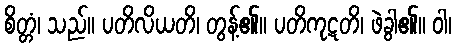
စိတ္တံ၊ သည်။ ပတိလိယတိ၊ တွန့်၏။ ပတိကုဋတိ၊ ဖဲခွါ၏။ ဝါ၊